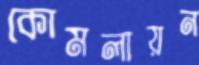
কোমলায়ন